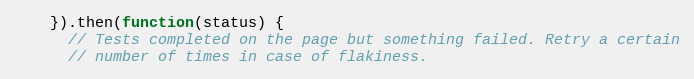
Language: JavaScript
    }).then(function(status) {
      // Tests completed on the page but something failed. Retry a certain
      // number of times in case of flakiness.